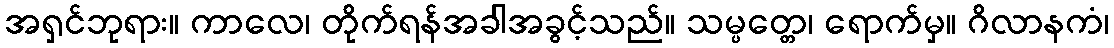
အရှင်ဘုရား။ ကာလေ၊ တိုက်ရန်အခါအခွင့်သည်။ သမ္ပတ္တေ၊ ရောက်မှ။ ဂိလာနကံ၊